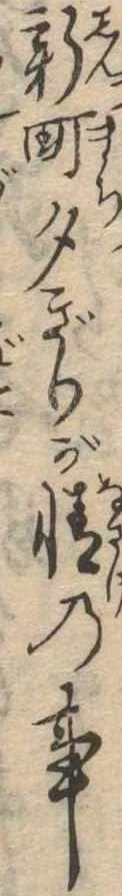
新町夕ぎりが情の事